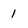
Character: 1